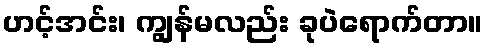
ဟင့်အင်း၊ ကျွန်မလည်း ခုပဲရောက်တာ။